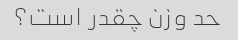
حد وزن چقدر است؟